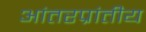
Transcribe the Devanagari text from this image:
आंतरप्रांतीय